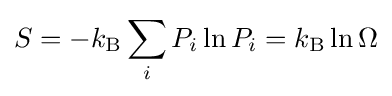
S=-k_{\text{B}}\sum _{i}P_{i}\ln P_{i}=k_{\mathrm {B} }\ln \Omega